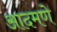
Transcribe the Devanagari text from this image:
आदमणे